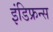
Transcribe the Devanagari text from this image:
इंडिफ्रन्स